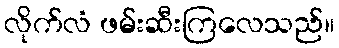
လိုက်လံ ဖမ်းဆီးကြလေသည်။